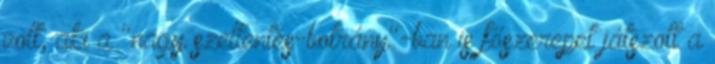
volt, aki a "nagy szellentés-botrány"-ban is főszerepet játszott a